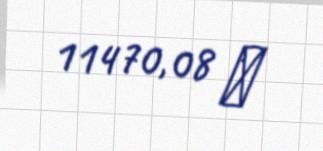
11470,08 ₼